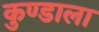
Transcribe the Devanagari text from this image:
कुण्डाला